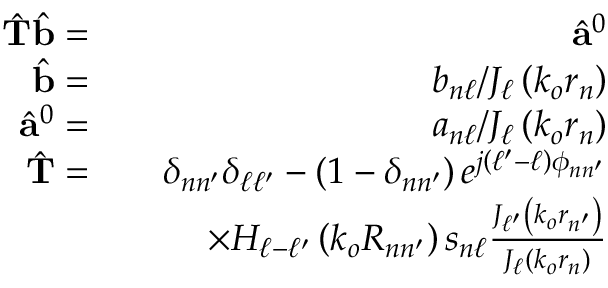
\begin{array} { r l r } { \hat { \mathbf { T } } \hat { \mathbf { b } } = } & { } & { \hat { \mathbf { a } } ^ { 0 } } \\ { \hat { \mathbf { b } } = } & { } & { b _ { n \ell } / J _ { \ell } \left( k _ { o } r _ { n } \right) } \\ { \hat { \mathbf { a } } ^ { 0 } = } & { } & { a _ { n \ell } / J _ { \ell } \left( k _ { o } r _ { n } \right) } \\ { \hat { \mathbf { T } } = } & { } & { \delta _ { n n ^ { \prime } } \delta _ { \ell \ell ^ { \prime } } - \left( 1 - \delta _ { n n ^ { \prime } } \right) e ^ { j \left( \ell ^ { \prime } - \ell \right) \phi _ { n n ^ { \prime } } } } \\ & { } & { \times H _ { \ell - \ell ^ { \prime } } \left( k _ { o } R _ { n n ^ { \prime } } \right) s _ { n \ell } \frac { J _ { \ell ^ { \prime } } \left( k _ { o } r _ { n ^ { \prime } } \right) } { J _ { \ell } \left( k _ { o } r _ { n } \right) } } \end{array}